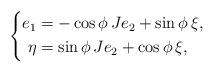
LaTeX: \begin{align*}\left\{\begin{aligned}e_1&=-\cos\phi\,Je_2+\sin\phi\,\xi,\\\eta&=\sin\phi\,Je_2+\cos\phi\,\xi,\\\end{aligned}\right.\end{align*}